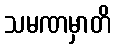
သမဏမှာတိ